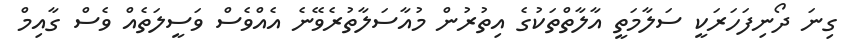
ގިނަ ދޯނިފަހަރަކީ ސަލާމަތީ އާލާތްތަކުގެ އިތުރުން މުއާސަލާތުުރެވޭނެ އެއްވެސް ވަސީލަތެއް ވެސް ގާއިމް